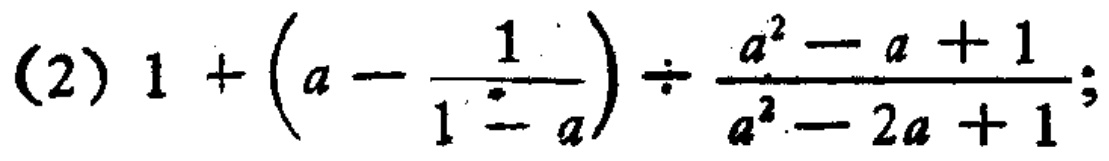
(2) \(1 + \left(a - \dfrac{1}{1 - a}\right) \div \dfrac{a^{2} - a + 1}{a^{2} - 2a + 1}\);